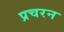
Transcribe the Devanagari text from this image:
प्रचरन